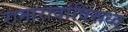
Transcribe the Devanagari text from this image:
रामारावांविरूध्द